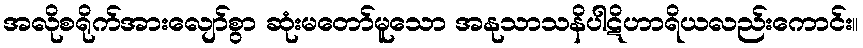
အလိုစရိုက်အားလျော်စွာ ဆုံးမတော်မူသော အနုသာသနိပါဋိဟာရိယလည်းကောင်း။